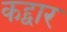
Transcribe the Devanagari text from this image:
कद्द्वार